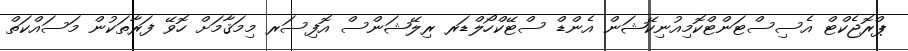
ޕްރޮޖެކްޓް އެސިސްޓަންޓްކޮމިއުނިކޭޝަން އެންޑް ސްޓޭކްހޯލްޑަރ ރިލޭޝަންސް އޮފިސަރ މިމަޤާމަށް ހޮވޭ ފަރާތަކުން މަސައްކަތް